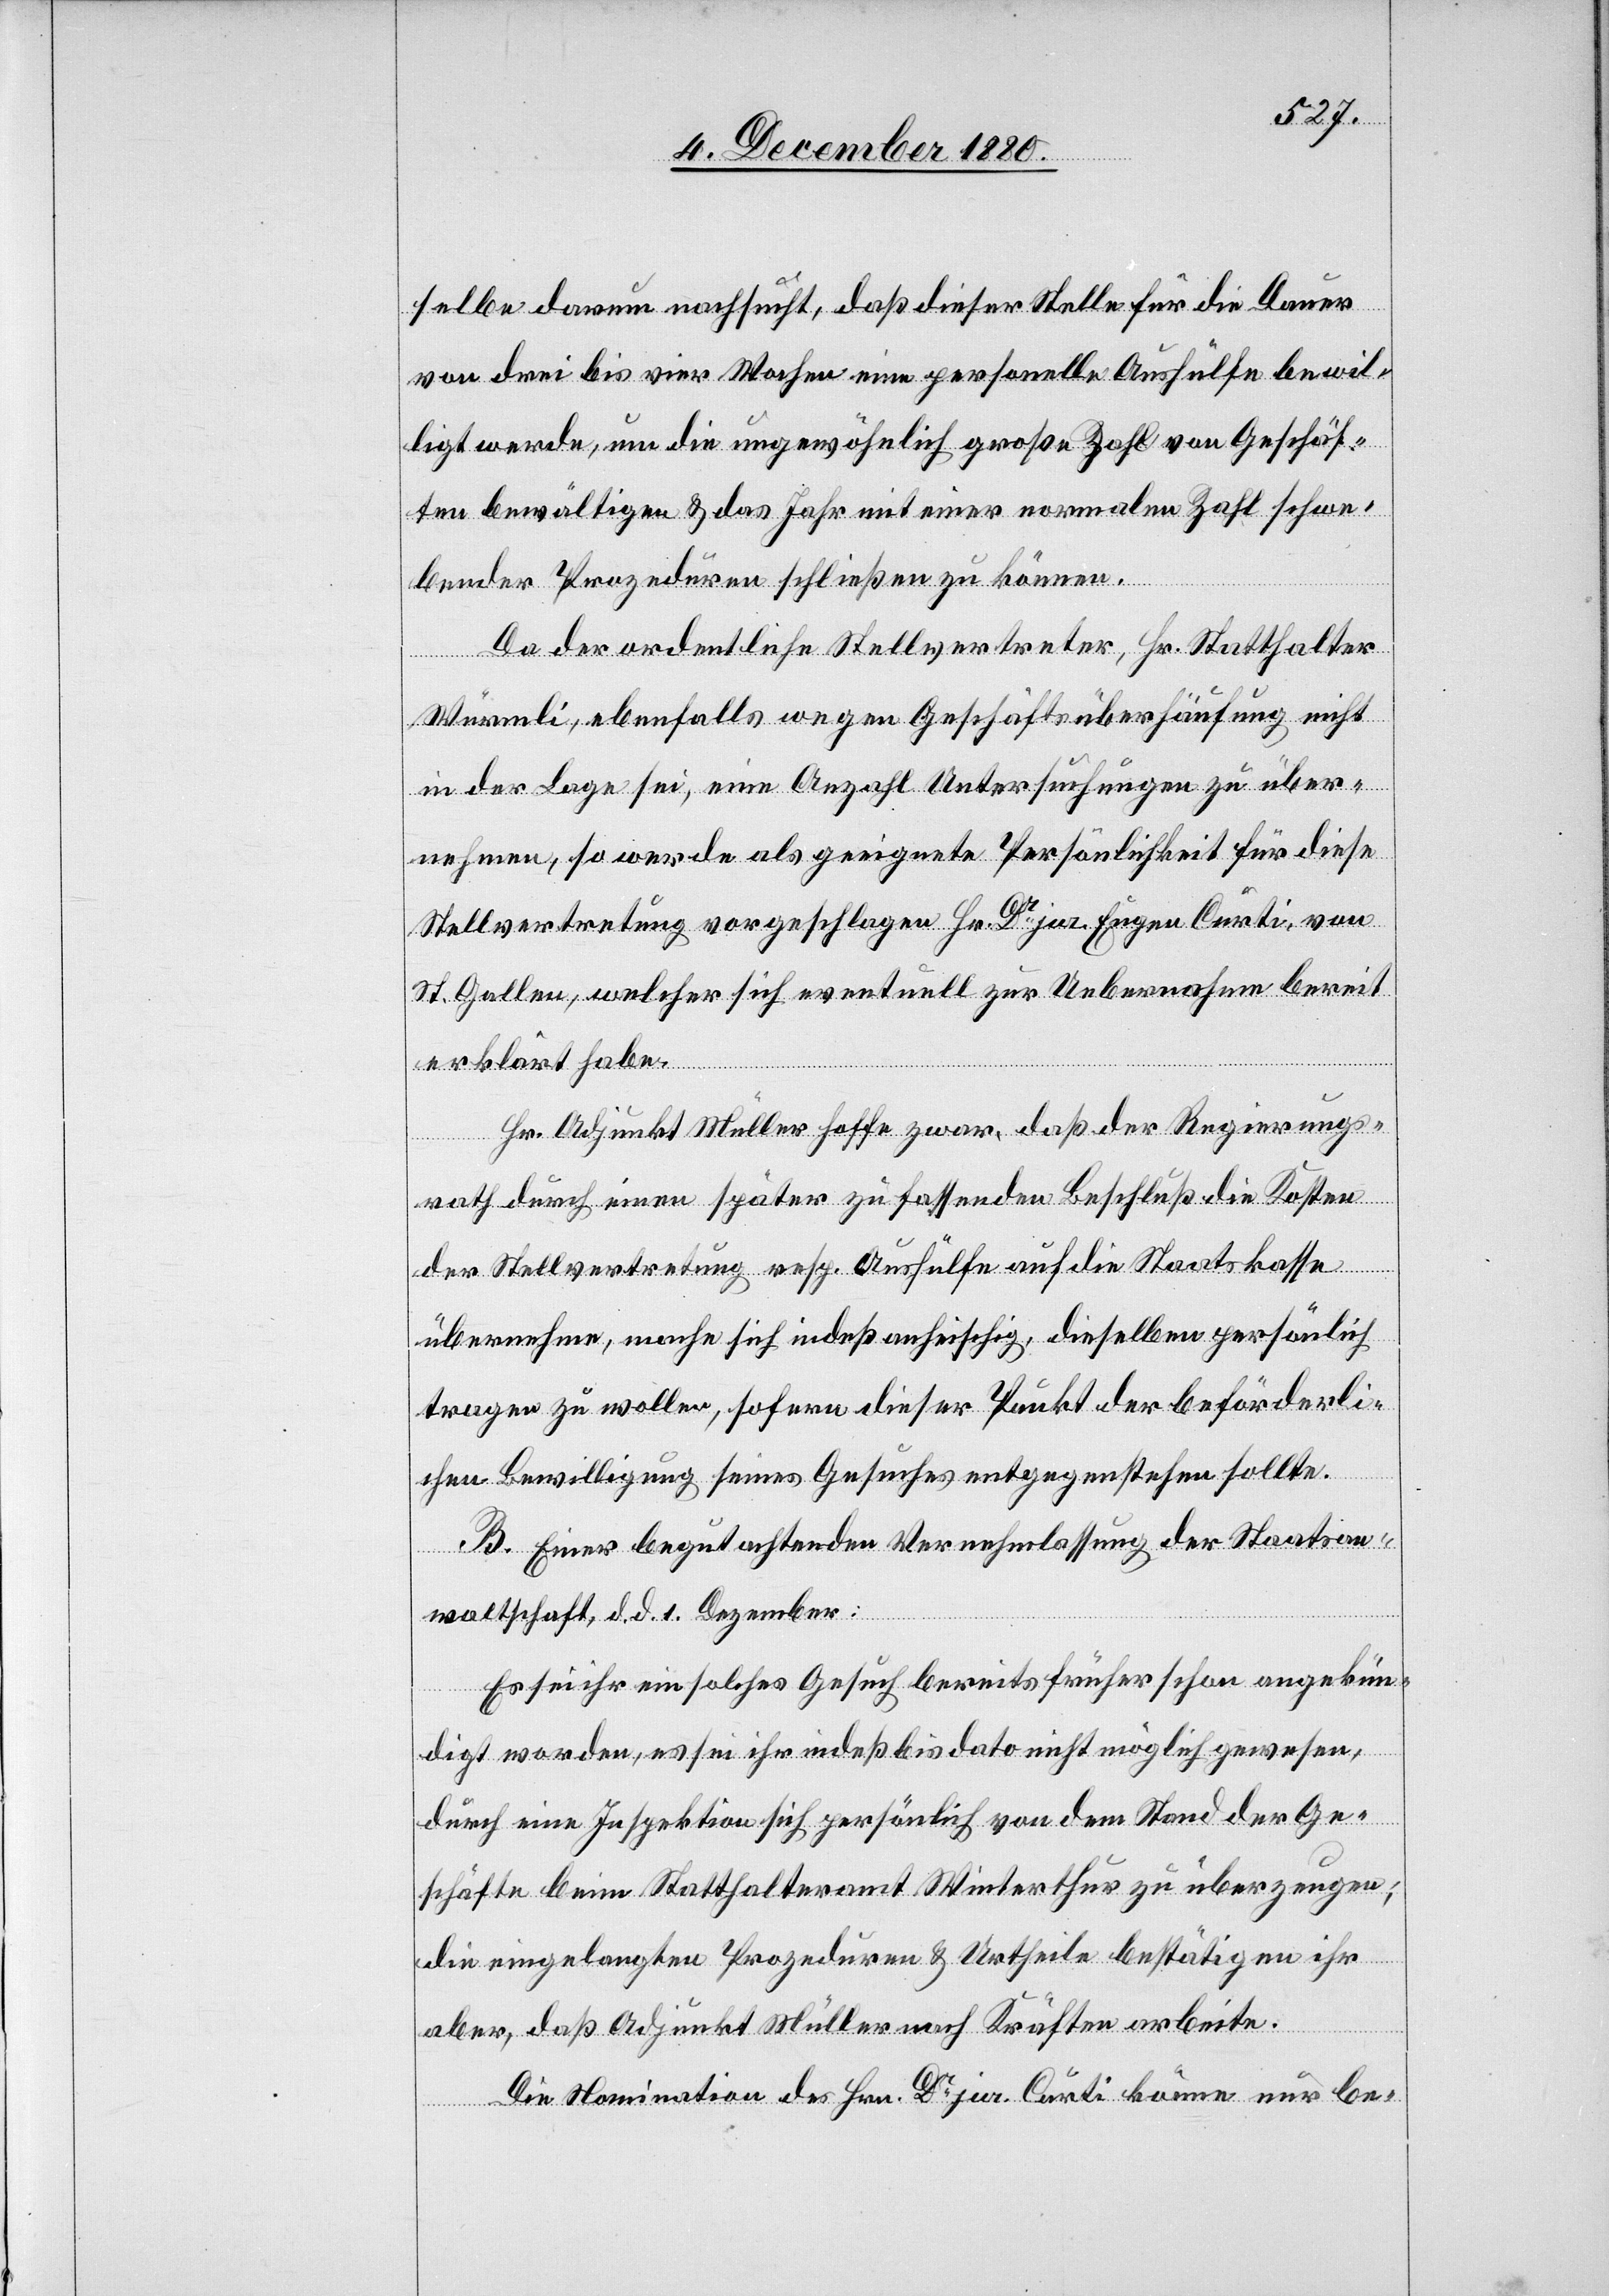
selbe darum nachsucht, daß dieser Stelle für die Dauer
von drei bis vier Wochen eine personelle Aushülfe bewil¬
ligt werde, um die ungewöhnlich große Zahl von Geschäf¬
ten bewältigen & das Jahr mit einer normalen Zahl schwe¬
bender Prozeduren schließen zu können.
Da der ordentliche Stellvertreter, Hr. Statthalter
Würmli, ebenfalls wegen Geschäftsüberhäufung nicht
in der Lage sei, eine Anzahl Untersuchungen zu über¬
nehmen, so werde als geeignete Persönlichkeit für diese
Stellvertretung voreschlagen Hr. Dr jur. Eugen Curti, von
St. Gallen, welcher sich eventuell zur Uebernahme bereit
erklärt habe.
Hr. Adjunkt Müller hoffe zwar, daß der Regierungs¬
rath durch einen später zu fassenden Beschluß die Kosten
der Stellvertretung resp. Aushülfe auf die Staatskasse
übernehme, mache sich indeß anheischig, dieselben persönlich
tragen zu wollen, sofern dieser Punkt der beförderli¬
chen Bewilligung seines Gesuches entgegenstehen sollte.
B. Einer begutachtenden Vernehmlassung der Staatsan¬
waltschaft, d. d. 1. Dezember:
Es sei ihr ein solches Gesuch bereits früher schon angekün¬
digt worden, es sei ihr indeß bis dato nicht möglich gewesen,
durch eine Inspektion sich persönlich von dem Stand der Ge¬
schäfte beim Statthalteramt Winterthur zu überzeugen;
die eingelangten Prozeduren & Urtheile bestätigen ihr
aber, daß Adjunkt Müller nach Kräften arbeite.
Die Nomination des Hrn. Dr jur. Curti könne nur be-